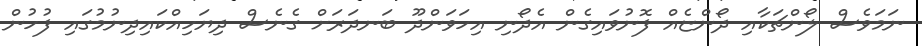
ނަމަވެސް ލޯންޗަކާއި ދޯންޏެއް ފޮނުވައިގެން އެދޯނި އިހަވަންދޫ ބަނދަރަށް ގެނެސް ދިޔަހިއްކައިދިނުމުގައި ފުުހުން